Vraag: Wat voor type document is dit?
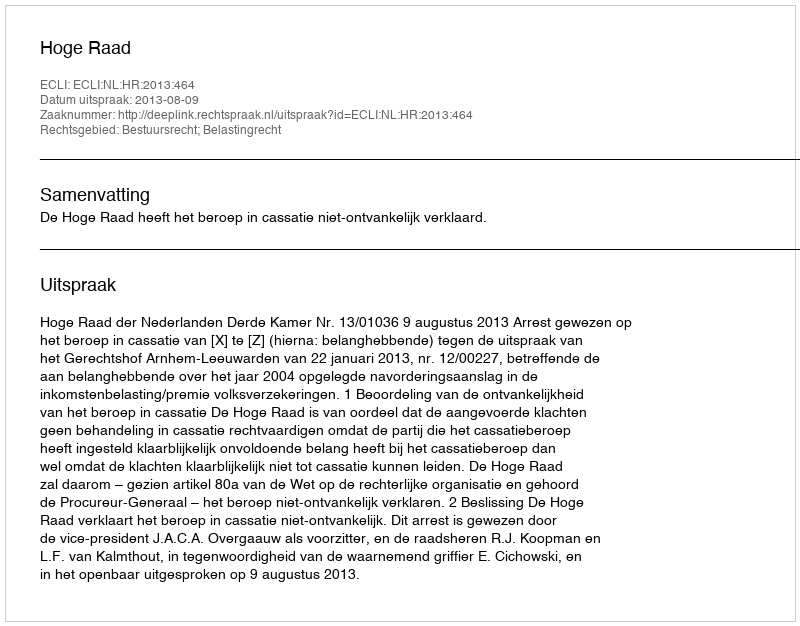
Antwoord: Uitspraak